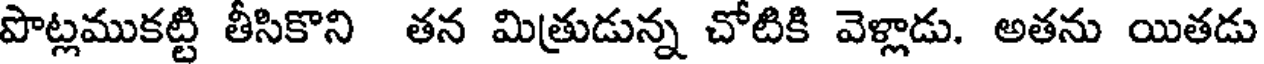
పొట్లముకట్టి తీసికొని తన మిత్రుడున్న చోటికి వెళ్లాడు. అతను యితడు